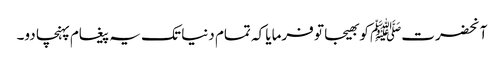
آنحضرتﷺ کو بھیجا تو فرمایا کہ تمام دنیا تک یہ پیغام پہنچا دو۔